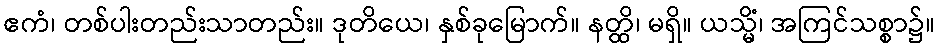
ဧကံ၊ တစ်ပါးတည်းသာတည်း။ ဒုတိယေ၊ နှစ်ခုမြောက်။ နတ္ထိ၊ မရှိ။ ယသ္မိံ၊ အကြင်သစ္စာ၌။